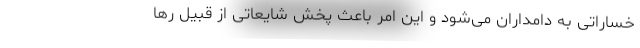
خساراتی به دامداران می‌شود و این امر باعث پخش شایعاتی از قبیل رها